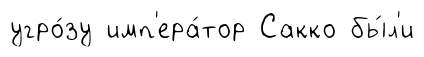
угро́зу имп'ера́тор Сакко бы́л'и